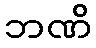
ဘဏိ